Language: tamil
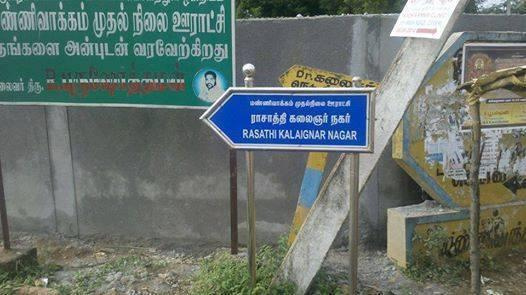
Transcription: நிலை ஊராட்சி வரவேற்கிறது ராசாத்தி கலைஞா் நகர் அன்புடன் முதல்